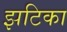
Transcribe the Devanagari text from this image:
झटिका